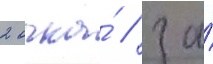
2 очка́ / за́